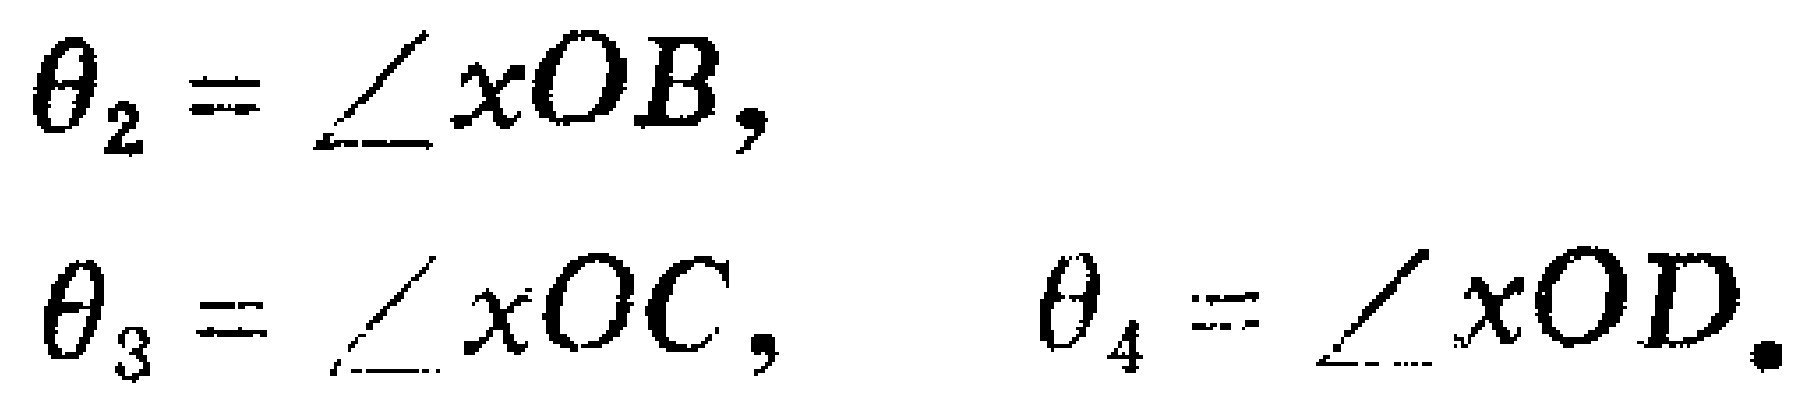
\[\begin{align*}
\theta_{2}&=\angle xOB,\\
\theta_{3}&=\angle xOC,\\
\theta_{4}&=\angle xOD.
\end{align*}\]